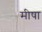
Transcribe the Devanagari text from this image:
मीषा